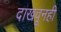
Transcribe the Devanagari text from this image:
दाखवूनही